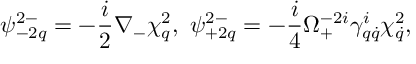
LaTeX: \psi _ { - 2 q } ^ { 2 - } = - \frac { i } { 2 } \nabla _ { - } \chi _ { q } ^ { 2 } , \ \psi _ { + 2 q } ^ { 2 - } = - \frac { i } { 4 } \Omega _ { + } ^ { - 2 i } \gamma _ { q \dot { q } } ^ { i } \chi _ { \dot { q } } ^ { 2 } ,